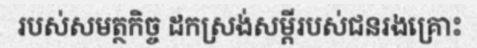
របស់សមត្ថកិច្ច ដកស្រង់សម្តីរបស់ជនរងគ្រោះ